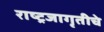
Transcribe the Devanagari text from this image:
राष्ट्रजागृतीचे